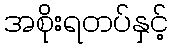
အစိုးရတပ်နှင့်